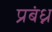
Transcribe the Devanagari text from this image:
प्रबंध्न